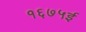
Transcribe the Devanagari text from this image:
१६७५ई